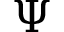
\Psi